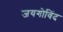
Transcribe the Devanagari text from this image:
जयगोविंद